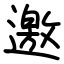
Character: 邀